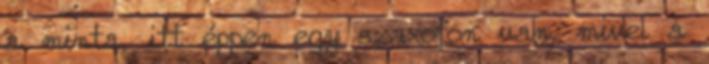
a minta, itt éppen egy szaxofon van, mivel a